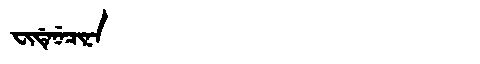
Manchu: ᠸᡳᡩᡝᠨᡝᠴᡳᠨᠠ
Romanization: FIDENECINA